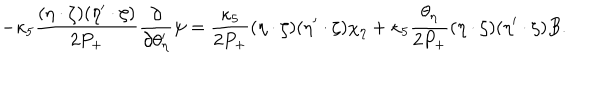
- \kappa _ { 5 } \frac { ( \eta \cdot \zeta ) ( \eta ^ { \prime } \cdot \zeta ) } { 2 P _ { + } } \frac { \partial } { \partial \theta _ { \eta } ^ { \prime } } \psi = \frac { \kappa _ { 5 } } { 2 P _ { + } } ( \eta \cdot \zeta ) ( \eta ^ { \prime } \cdot \zeta ) \chi _ { \eta } + \kappa _ { 5 } \frac { \theta _ { \eta } } { 2 P _ { + } } ( \eta \cdot \zeta ) ( \eta ^ { \prime } \cdot \zeta ) B .